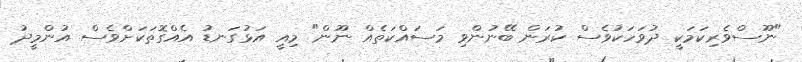
"ނޫސްވެރިކަމަކީ ދުވަހަކުވެސް ކުރަން ބޭނުންވި މަސައްކަތެއް ނޫން" މިއީ އަޅުގަނޑު އެއްގޮތަކަށްވެސް އުންމީދު